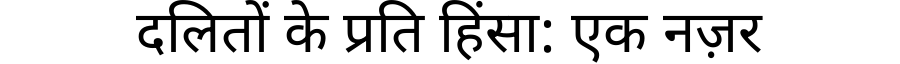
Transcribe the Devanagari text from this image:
दलितों के प्रति हिंसा: एक नज़र